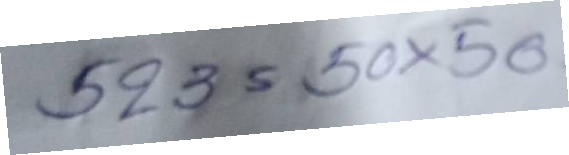
523 = 50x50